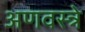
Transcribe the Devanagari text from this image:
अणवस्त्रे